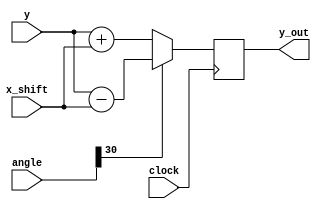
module Y_Calculator(
    input [31:0] y,
    input [31:0] angle,
    input [31:0] x_shift,
    input clock,
    output wire [31:0] y_out
);

reg [31:0] y_out_temp;

always @ (posedge clock)
  begin
    y_out_temp <= angle[30] ? y - x_shift : y + x_shift;
  end

assign y_out = y_out_temp;

endmodule